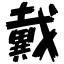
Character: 戴